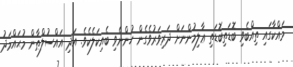
މައްކާގައި ތިއްބެވި ބޮޑަތިބޮޑަތި ޢާލިމުންނަށް ދަރިވަރުވެގެން ހުންނެވި ބެއިކަލެކެވެ. އަދި އައްސުލްޠާން މުޙައްމަދު